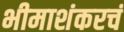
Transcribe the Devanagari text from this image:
भीमाशंकरचं